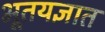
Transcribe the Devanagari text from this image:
भूतयज्ञात